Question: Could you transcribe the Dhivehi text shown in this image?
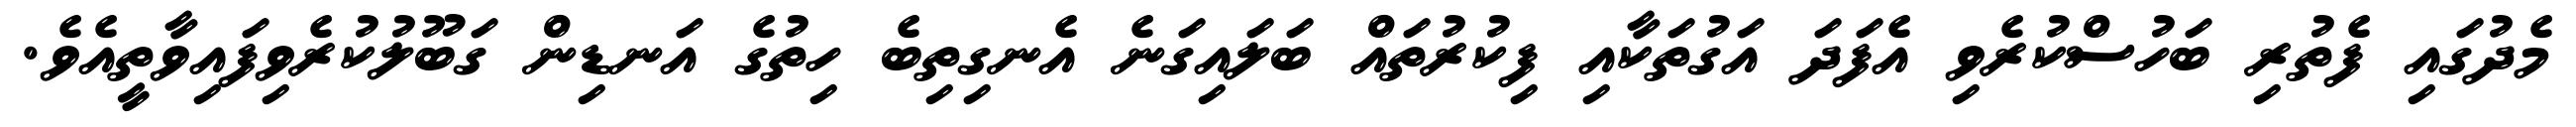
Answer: މެދުގައި ފެތުރި ބަހުސްކުރެވި އެފަދަ އަގުތަކާއި ފިކުރުތައް ބަލައިގަނެ އެނގިތިބެ ހިތުގެ އަނޑިން ގަބޫލުކުރެވިފައިވާތީއެވެ.